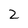
Character: 2